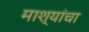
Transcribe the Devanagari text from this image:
माश्यांचा